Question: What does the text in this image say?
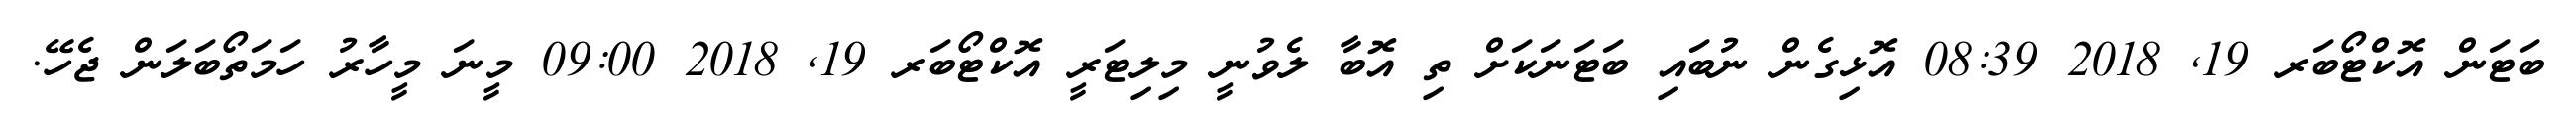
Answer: ބަޓަން އޮކްޓޯބަރ 19, 2018 08:39 އޮޅިގެން ނުބައި ބަޓަނަކަށް ތި އޮބާ ލެވުނީ މިލިޓަރީ އޮކްޓޯބަރ 19, 2018 09:00 މީނަ މީހާރު ހަމަތޯބަލަން ޖެހޭ.